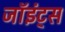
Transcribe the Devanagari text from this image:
जॉइंट्स